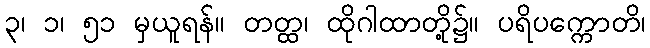
၃၊ ၁၊ ၅၁ မှယူရန်။ တတ္ထ၊ ထိုဂါထာတို့၌။ ပရိပက္ကောတိ၊